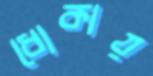
ধোকায়